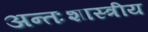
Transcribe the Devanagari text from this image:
अन्तःशास्त्रीय